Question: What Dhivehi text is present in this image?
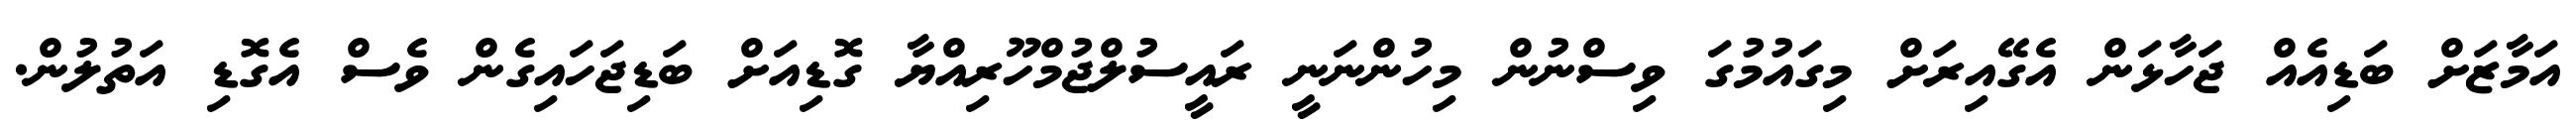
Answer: އަމާޒަށް ބަޑިއެއް ޖަހާޅަން އެގޭއިރަށް މިގައުމުގަ ވިސްނުން މިހުންނަނީ ރައީސުލްޖުމްހޫރިއްޔާ ގޮޑިއަށް ބަޑިޖަހައިގެން ވެސް އެގޮޑި އަތުލުން.